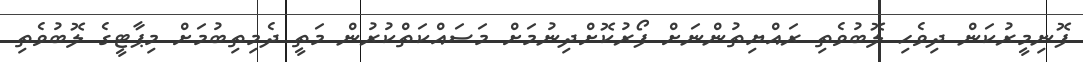
ފޮނިމީރުކަން ދިވެހި ލޮބުވެތި ރައްޔިތުންނަށް ފޯރުކޮށްދިނުމަށް މަސައްކަތްކުރުން މަތީ ދެމިތިބުމަށް މިޕާޓީގެ ލޮބުވެތި